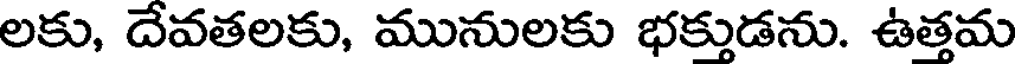
లకు, దేవతలకు, మునులకు భక్తుడను. ఉత్తమ